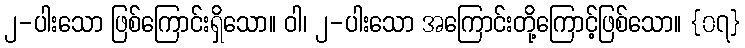
၂-ပါးသော ဖြစ်ကြောင်းရှိသော။ ဝါ၊ ၂-ပါးသော အကြောင်းတို့ကြောင့်ဖြစ်သော။ {၀၇}